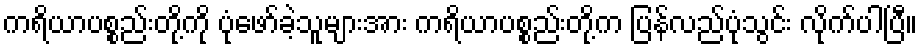
ကရိယာပစ္စည်းတို့ကို ပုံဖော်ခဲ့သူများအား ကရိယာပစ္စည်းတို့က ပြန်လည်ပုံသွင်း လိုက်ပါပြီ။